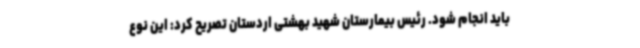
باید انجام شود. رئیس بیمارستان شهید بهشتی اردستان تصریح کرد: این نوع